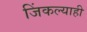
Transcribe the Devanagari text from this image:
जिंकल्याही